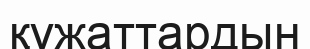
құжаттардын